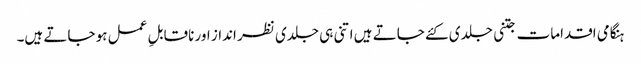
ہنگامی اقدامات جتنی جلدی کئے جاتے ہیں اتنی ہی جلدی نظر انداز اور ناقابلِ عمل ہو جاتے ہیں۔